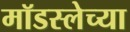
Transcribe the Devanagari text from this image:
मॉडस्लेच्या